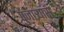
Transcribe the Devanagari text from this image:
पुजार्‍यास